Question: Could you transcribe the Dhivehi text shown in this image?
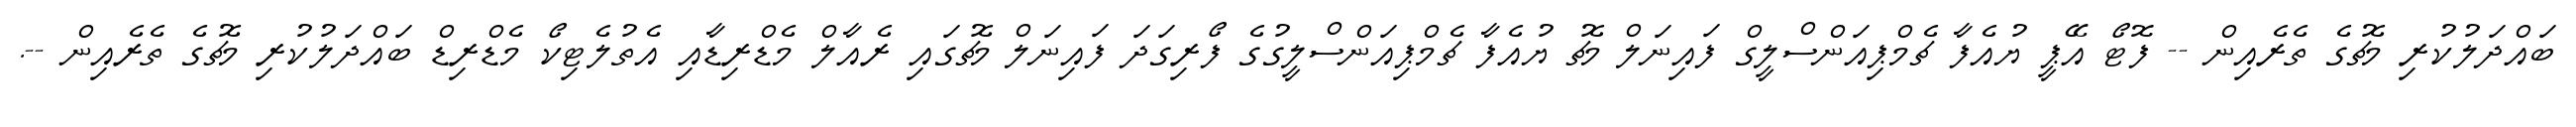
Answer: ބައްދަލުކުރި މެޗުގެ ތެރެއިން -- ފޮޓޯ އޭޕީ ޔުއެފާ ޗެމްޕިއަންސްލީގް ފައިނަލް މެޗު ޔުއެފާ ޗެމްޕިއަންސްލީގުގެ ފޯރިގަދަ ފައިނަލް މެޗުގައި ރެއާލް މެޑްރިޑާއި އެތުލެޓިކޯ މެޑްރިޑް ބައްދަލުކުރި މެޗުގެ ތެރެއިން --.